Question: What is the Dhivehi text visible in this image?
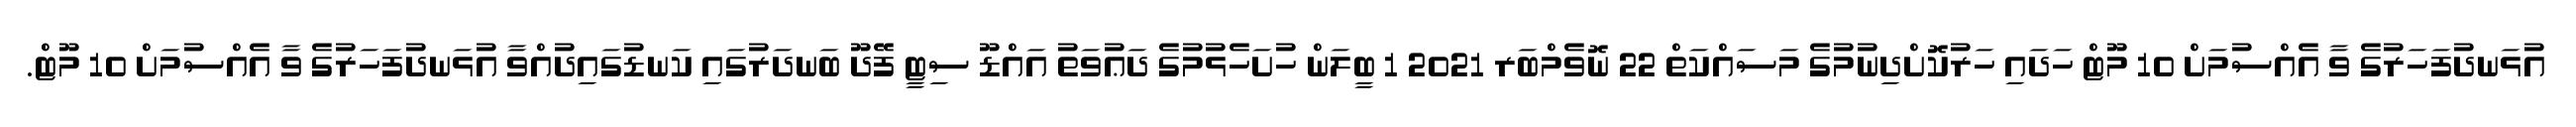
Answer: އުޅަނދުފަހަރުގެ ވާ އެއްސުމަށް 10 މޫޓް ހަދައި ހަރުކޮށްދިނުމުގެ މަސައްކަތް 22 ނޮވެމްބަރ 2021 1 ބީލަން ހުށަހެޅުމުގެ ދަޢުވަތު އައްޑޫ ސިޓީ ފޭދޫ ބަނދަރުގައި ކަނޑުގައިދުއްވާ އުޅަނދުފަހަރުގެ ވާ އެއްސުމަށް 10 މޫޓް.